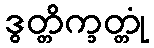
ဒွတ္တိက္ခတ္တုံ